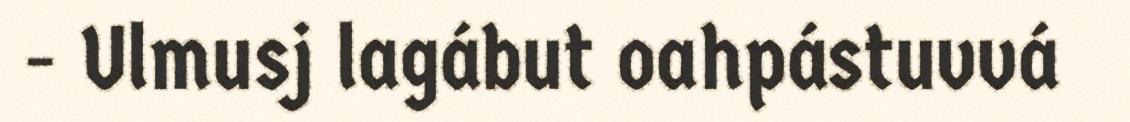
- Ulmusj lagábut oahpástuvvá